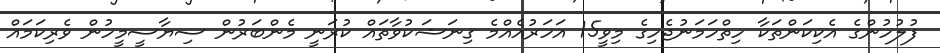
ފުލުހުންގެ އެކިކަންތަކާ ހިތްހަމަނުޖެހިގެ މިވީ15 އަހަރުއެއްމެ ގިނަޝަކުވާތައް ކުރަނީ މެންބަރުން ސިޔާސީމީހުން ވެރިކަމައް